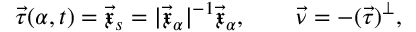
\vec { \tau } ( \alpha , t ) = \vec { \mathfrak { x } } _ { s } = | \vec { \mathfrak { x } } _ { \alpha } | ^ { - 1 } \vec { \mathfrak { x } } _ { \alpha } , \qquad \vec { \nu } = - ( \vec { \tau } ) ^ { \perp } ,